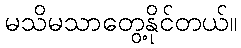
မသိမသာတွေ့နိုင်တယ်။